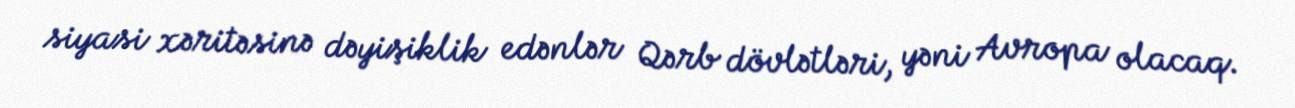
siyasi xəritəsinə dəyişiklik edənlər Qərb dövlətləri, yəni Avropa olacaq.